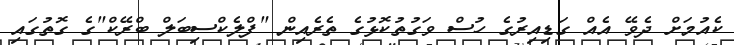
ކެއުމަށް ދެވޭ އެއް ގަޑިއިރުގެ ހުސް ވަގުތުކޮޅުގެ ތެރެއިން "ފްލެކްސިބަލް ބްރޭކް"ގެ ގޮތުގައި